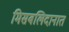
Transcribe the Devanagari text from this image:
मिसबलिदानात